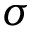
\sigma